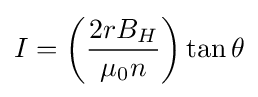
I=\left({\frac {2rB_{H}}{\mu _{0}n}}\right)\tan \theta